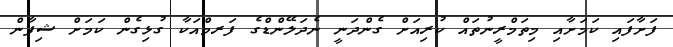
ފަށާފައި ކަމަށާއި މިތަމްރީނުތައް ކުރިއަށް ގެންދަނީ ނެދަލޭންޑްގެ ފަރމްއަކާ ގުޅިގެން ކަމަށް ޝިފާން